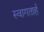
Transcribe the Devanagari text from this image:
स्‍वागतार्ह